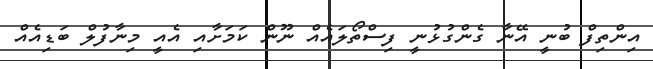
އިންތިފް ބުނީ އޭނާ ގެންގުޅުނީ ފިސްތޯލައެއް ނޫން ކަމަށާއި އެއީ މިނާފުލް ބަޑިއެއް